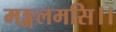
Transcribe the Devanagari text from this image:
मङ्गलमसि।।